Indian journal of veterinary science and animal husbandry - Volumes 18-21, 1948-1951
Year: 1948
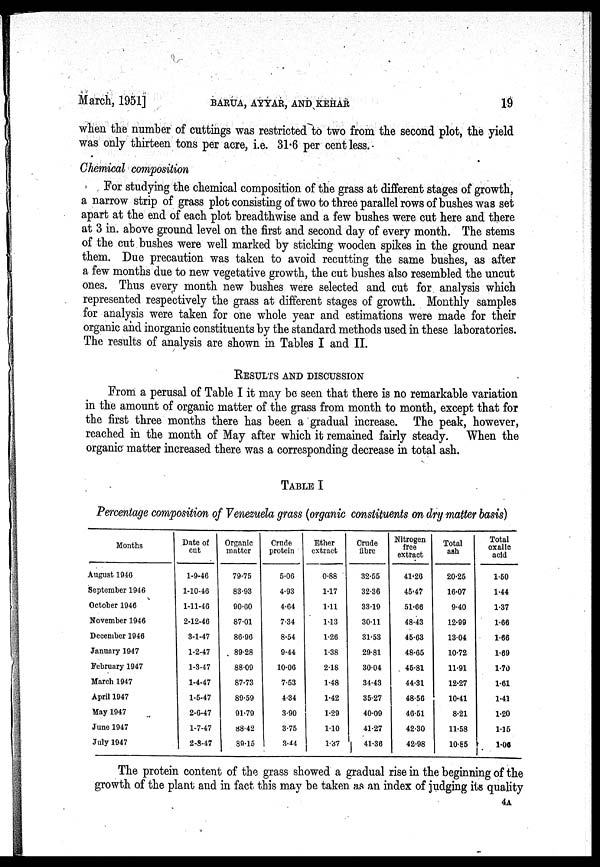
March, 1951]
BARUA,
AYYAR,
AND
KEHAR
19
when the number of cuttings was restricted to two from the second plot, the yield
was only thirteen tons per acre, i.e. 31.6 per cent less.
Chemical composition
For studying the chemical composition of the grass at different stages of growth,
a narrow strip of grass plot consisting of two to three parallel rows of bushes was set
apart at the end of each plot breadthwise and a few bushes were cut here and there
at 3 in. above ground level on the first and second day of every month. The stems
of the cut bushes were well marked by sticking wooden spikes in the ground near
them. Due precaution was taken to avoid recutting the same bushes, as after
a few months due to new vegetative growth, the cut bushes also resembled the uncut
ones. Thus every month new bushes were selected and cut for analysis which
represented respectively the grass at different stages of growth. Monthly samples
for analysis were taken for one whole year and estimations were made for their
organic and inorganic constituents by the standard methods used in these laboratories.
The results of analysis are shown in Tables I and II.
RESULTS AND DISCUSSION
From a perusal of Table I it may be seen that there is no remarkable variation
in the amount of organic matter of the grass from month to month, except that for
the first three months there has been a gradual increase. The peak, however,
reached in the month of May after which it remained fairly steady. When the
organic matter increased there was a corresponding decrease in total ash.
TABLE I
Percentage composition of Venezuela grass (organic constituents on dry matter basis)
Months
August 1946
September 1946
October 1946
November 1946
December 1946
January 1947
February 1947
March 1947
April 1947
May 1947
June 1947
July 1947
Date of
cut
1-9-46
1-10-46
1-11-46
2-12-46
3-1-47
1-2-47
1-3-47
1-4-47
1-5-47
2-6-47
1-7-47
2-8-47
Organic
matter
79.75
83.93
90.60
87.01
86.96
89.28
88.09
87.73
89.59
91.79
88.42
39.15
Crude
protein
5.06
4.93
4.64
7.34
8.54
9.44
10.06
7.53
4.34
3.90
3.75
3.44
Ether
extract
0.88
1.17
1.11
1.13
1.26
1.38
2.18
1.48
1.42
1.29
1.10
1.37
Crude
fibre
32.55
32.36
33.19
30.11
31.53
29.81
30.04
34.43
35.27
40.09
41.27
41.36
Nitrogen
free
extract
41.26
45.47
51.66
48.43
45.63
48.65
45.81
44.31
48.56
46.51
42.30
42.98
Total
ash
20.25
16.07
9.40
12.99
13.04
10.72
11.91
12.27
10.41
8.21
11.58
10.85
Total
oxalic
acid
1.50
1.44
1.37
1.66
1.66
1.69
1.70
1.61
1.41
1.20
1.15
1.06
The protein content of the grass showed a gradual rise in the beginning of the
growth of the plant and in fact this may be taken as an index of judging its quality
4A